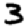
Digit: 3